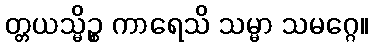
တ္တယသ္မိဉ္စ ကာရေသိ သမ္မာ သမဂ္ဂေ။